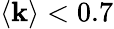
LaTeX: \langle\mathbf{k}\rangle<0.7